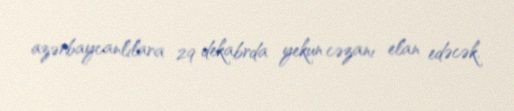
azərbaycanlılara 29 dekabrda yekun cəzanı elan edəcək.